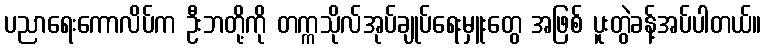
ပညာရေးကောလိပ်က ဦးဘတို့ကို တက္ကသိုလ်အုပ်ချုပ်ရေးမှူးတွေ အဖြစ် ပူးတွဲခန့်အပ်ပါတယ်။